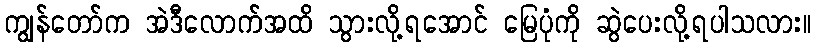
ကျွန်တော်က အဲဒီလောက်အထိ သွားလို့ရအောင် မြေပုံကို ဆွဲပေးလို့ရပါသလား။